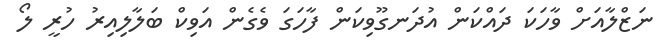
ނަޒްލާއަށް ވާހަކަ ދައްކަން އުދަނގޫވިކަން ފާހަގަ ވެގެން އަވިކް ބަލާލިއިރު ހުރީ ލޯ